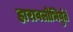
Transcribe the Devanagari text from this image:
हारावलीभिर्युतं